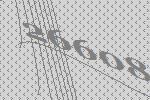
26608